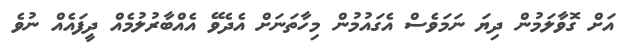
އަށް ގޮވާލަމުން ދިޔަ ނަމަވެސް އެގައުމުން މިހާތަނަށް އެދެވޭ އެއްބާރުލުމެއް ދީފައެއް ނުވެ